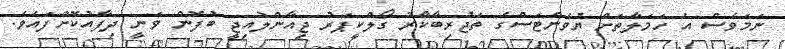
ނަމަވެސް އެ ހަމަލާތަށް ޔުވެންޓަސްގެ ތަޖުރިބާކާރު ގޯލްކީޕަރު ޖިއާންލުއިޖީ ބުފޮން ވަނީ ދިފާއުކޮށްފައެވެ.